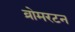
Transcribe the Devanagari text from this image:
व्रोमरटन